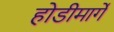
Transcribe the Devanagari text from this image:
होडीमार्गे